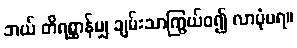
ဘယ် တိရစ္ဆာန်မျှ ချမ်းသာကြွယ်ဝ၍ လာပုံမရ။